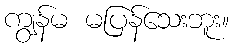
ကျွန်မ မပြန်သေးဘူး။